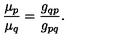
\frac { \mu _ { p } } { \mu _ { q } } = \frac { g _ { q p } } { g _ { p q } } .